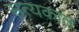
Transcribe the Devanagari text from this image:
सत्यकांत